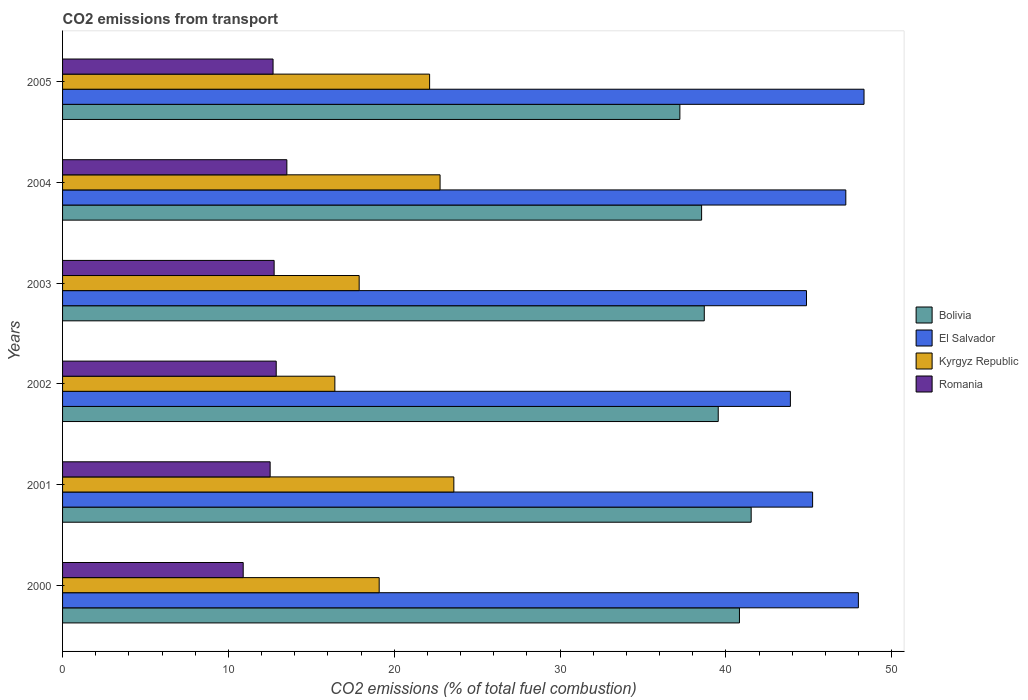
| Years | Bolivia | El Salvador | Kyrgyz Republic | Romania |
 | --- | --- | --- | --- | --- |
 | 2000 | 40.8 | 48 | 19.1 | 10.9 |
 | 2001 | 41.5 | 45.2 | 23.6 | 12.5 |
 | 2002 | 39.5 | 43.9 | 16.4 | 12.9 |
 | 2003 | 38.7 | 44.9 | 17.9 | 12.8 |
 | 2004 | 38.5 | 47.2 | 22.8 | 13.5 |
 | 2005 | 37.2 | 48.3 | 22.1 | 12.7 |